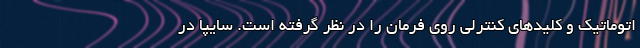
اتوماتیک و کلیدهای کنترلی روی فرمان را در نظر گرفته است. سایپا در